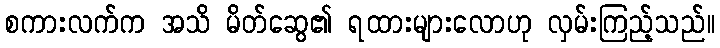
စကားလက်က အသိ မိတ်ဆွေ၏ ရထားများလောဟု လှမ်းကြည့်သည်။